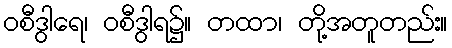
ဝစီဒွါရေ၊ ဝစီဒွါရ၌။ တထာ၊ တို့အတူတည်း။